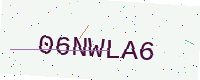
Text: 06NWLA6